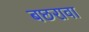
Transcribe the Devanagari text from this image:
बछरावा